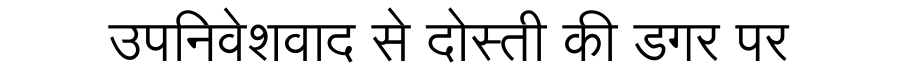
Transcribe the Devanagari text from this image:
उपनिवेशवाद से दोस्ती की डगर पर